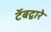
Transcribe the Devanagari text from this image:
टॅबद्वारे